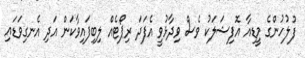
ފުލުހުންގެ މީޑިއާ އޮފިޝަލަކު ވެސް ވިދާޅުވީ އެފަދަ ރިޕޯޓެއް ލިބިފައިވާކަން އަދި އެނގިވަޑައި